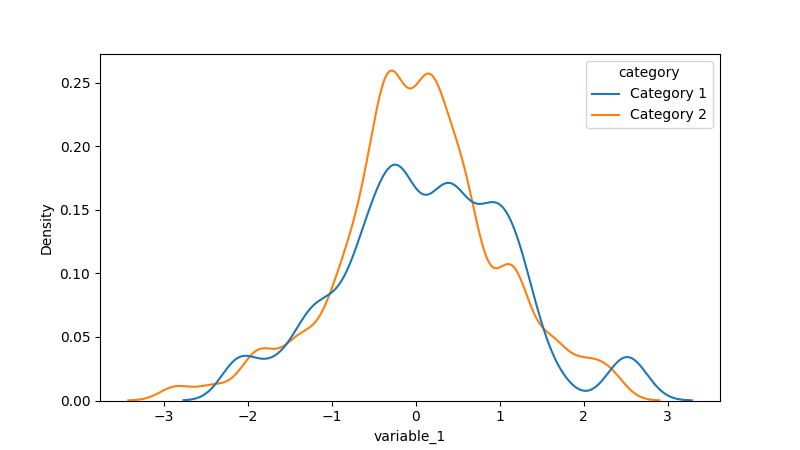
python, seaborn, kdeplot, hue='category', fill=False, bw_adjust=0.5